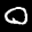
Label: 0